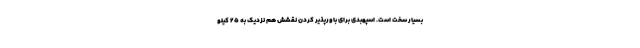
بسیار سخت است. اسپهبدی برای باورپذیر کردن نقشش هم نزدیک به ۲۵ کیلو